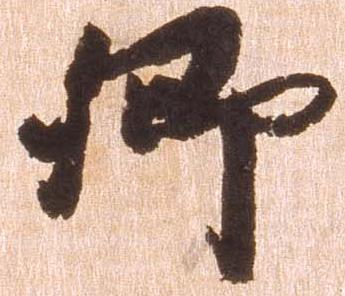
郷